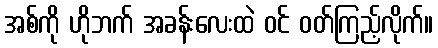
အစ်ကို ဟိုဘက် အခန်းလေးထဲ ဝင် ဝတ်ကြည့်လိုက်။